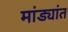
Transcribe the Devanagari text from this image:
मांड्यांत